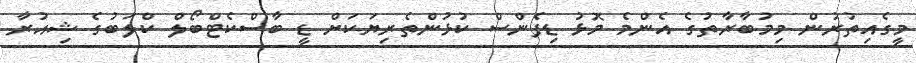
މީގެއިތުރުން މިމުބާރާތުގެ އެންމެ މޮޅު ޑިފެންސް ކުޅުންތެރިޔަކަށް ޑީ ބާސްކެޓްބޯލް ކްލަބުގެ ޝިއުރާ